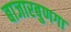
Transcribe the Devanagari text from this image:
बाजारबुणगा